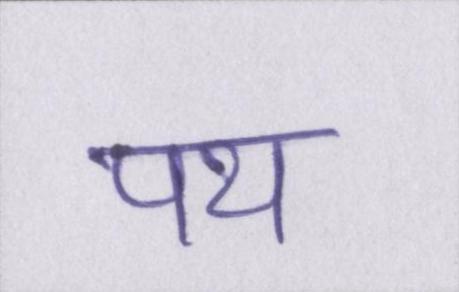
पथ